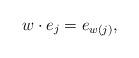
LaTeX: \begin{align*} w\cdot e_j = e_{w(j)},\end{align*}